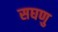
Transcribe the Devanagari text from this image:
सघणु